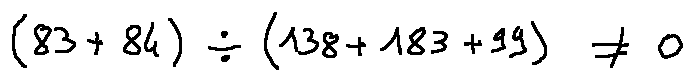
( 8 3 + 8 4 ) \div ( 1 3 8 + 1 8 3 + 9 9 ) \neq 0